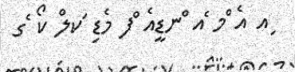
ިއ އެ ްމ ެއ ްނޑީއެ ްފ މެޑި ަކލް ކޯ ެގ